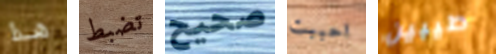
هذا تضبط صحيح احببت طيبين